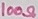
Text: 100Ω